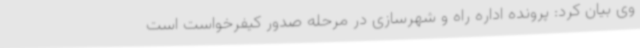
وی بیان کرد: پرونده اداره راه و شهرسازی در مرحله صدور کیفرخواست است